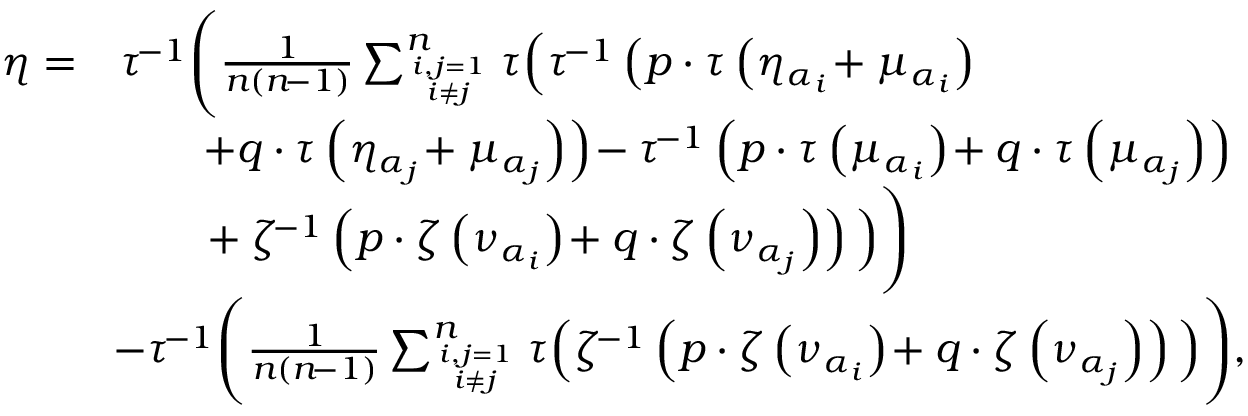
\begin{array} { r l } { \eta = } & { \tau ^ { \! - 1 } \Bigg ( \frac { 1 } { n ( n \! - 1 ) } \sum _ { i , j = 1 \atop i \neq j } ^ { n } \tau \Big ( \tau ^ { \! - 1 } \left( p \cdot \tau \left( \eta _ { \alpha _ { i } } \! + \mu _ { \alpha _ { i } } \right) \right. \Big . \Bigg . } \\ & { \quad \quad \left. \! + q \cdot \tau \left( \eta _ { \alpha _ { j } } \! + \mu _ { \alpha _ { j } } \right) \right) \! - \tau ^ { \! - 1 } \left( p \cdot \tau \left( \mu _ { \alpha _ { i } } \right) \! + q \cdot \tau \left( \mu _ { \alpha _ { j } } \right) \right) } \\ & { \Bigg . \Big . \quad \quad \! + \zeta ^ { \! - 1 } \left( p \cdot \zeta \left( \nu _ { \alpha _ { i } } \right) \! + q \cdot \zeta \left( \nu _ { \alpha _ { j } } \right) \right) \Big ) \Bigg ) } \\ & { \! - \tau ^ { \! - 1 } \Bigg ( \frac { 1 } { n ( n \! - 1 ) } \sum _ { i , j = 1 \atop i \neq j } ^ { n } \tau \Big ( \zeta ^ { \! - 1 } \left( p \cdot \zeta \left( \nu _ { \alpha _ { i } } \right) \! + q \cdot \zeta \left( \nu _ { \alpha _ { j } } \right) \right) \Big ) \Bigg ) , } \end{array}